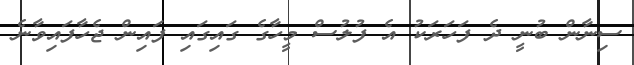
ސިނާން ބުނީ ދެ ފަހަރަކު އެ ފުލުސް މީހާގެ ގައިގައި ފައިން ޖެހާފައިވާނެ